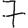
Digit: 7